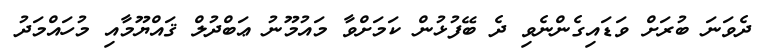
ދެވަނަ ބުރަށް ވަޑައިގެންނެވި ދެ ބޭފުޅުން ކަމަށްވާ މައުމޫނު ޢަބްދުލް ޤައްޔޫމާއި މުހައްމަދު